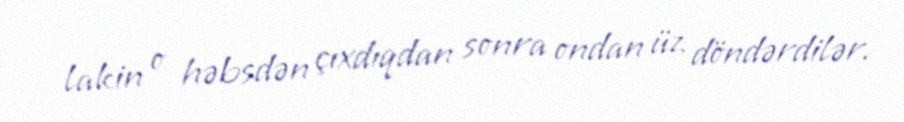
lakin o həbsdən çıxdıqdan sonra ondan üz döndərdilər.